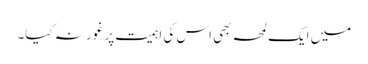
میں ایک لمحہ بھی اس کی اہمیت پر غور نہ کیا۔